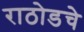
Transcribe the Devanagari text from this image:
राठोडचे